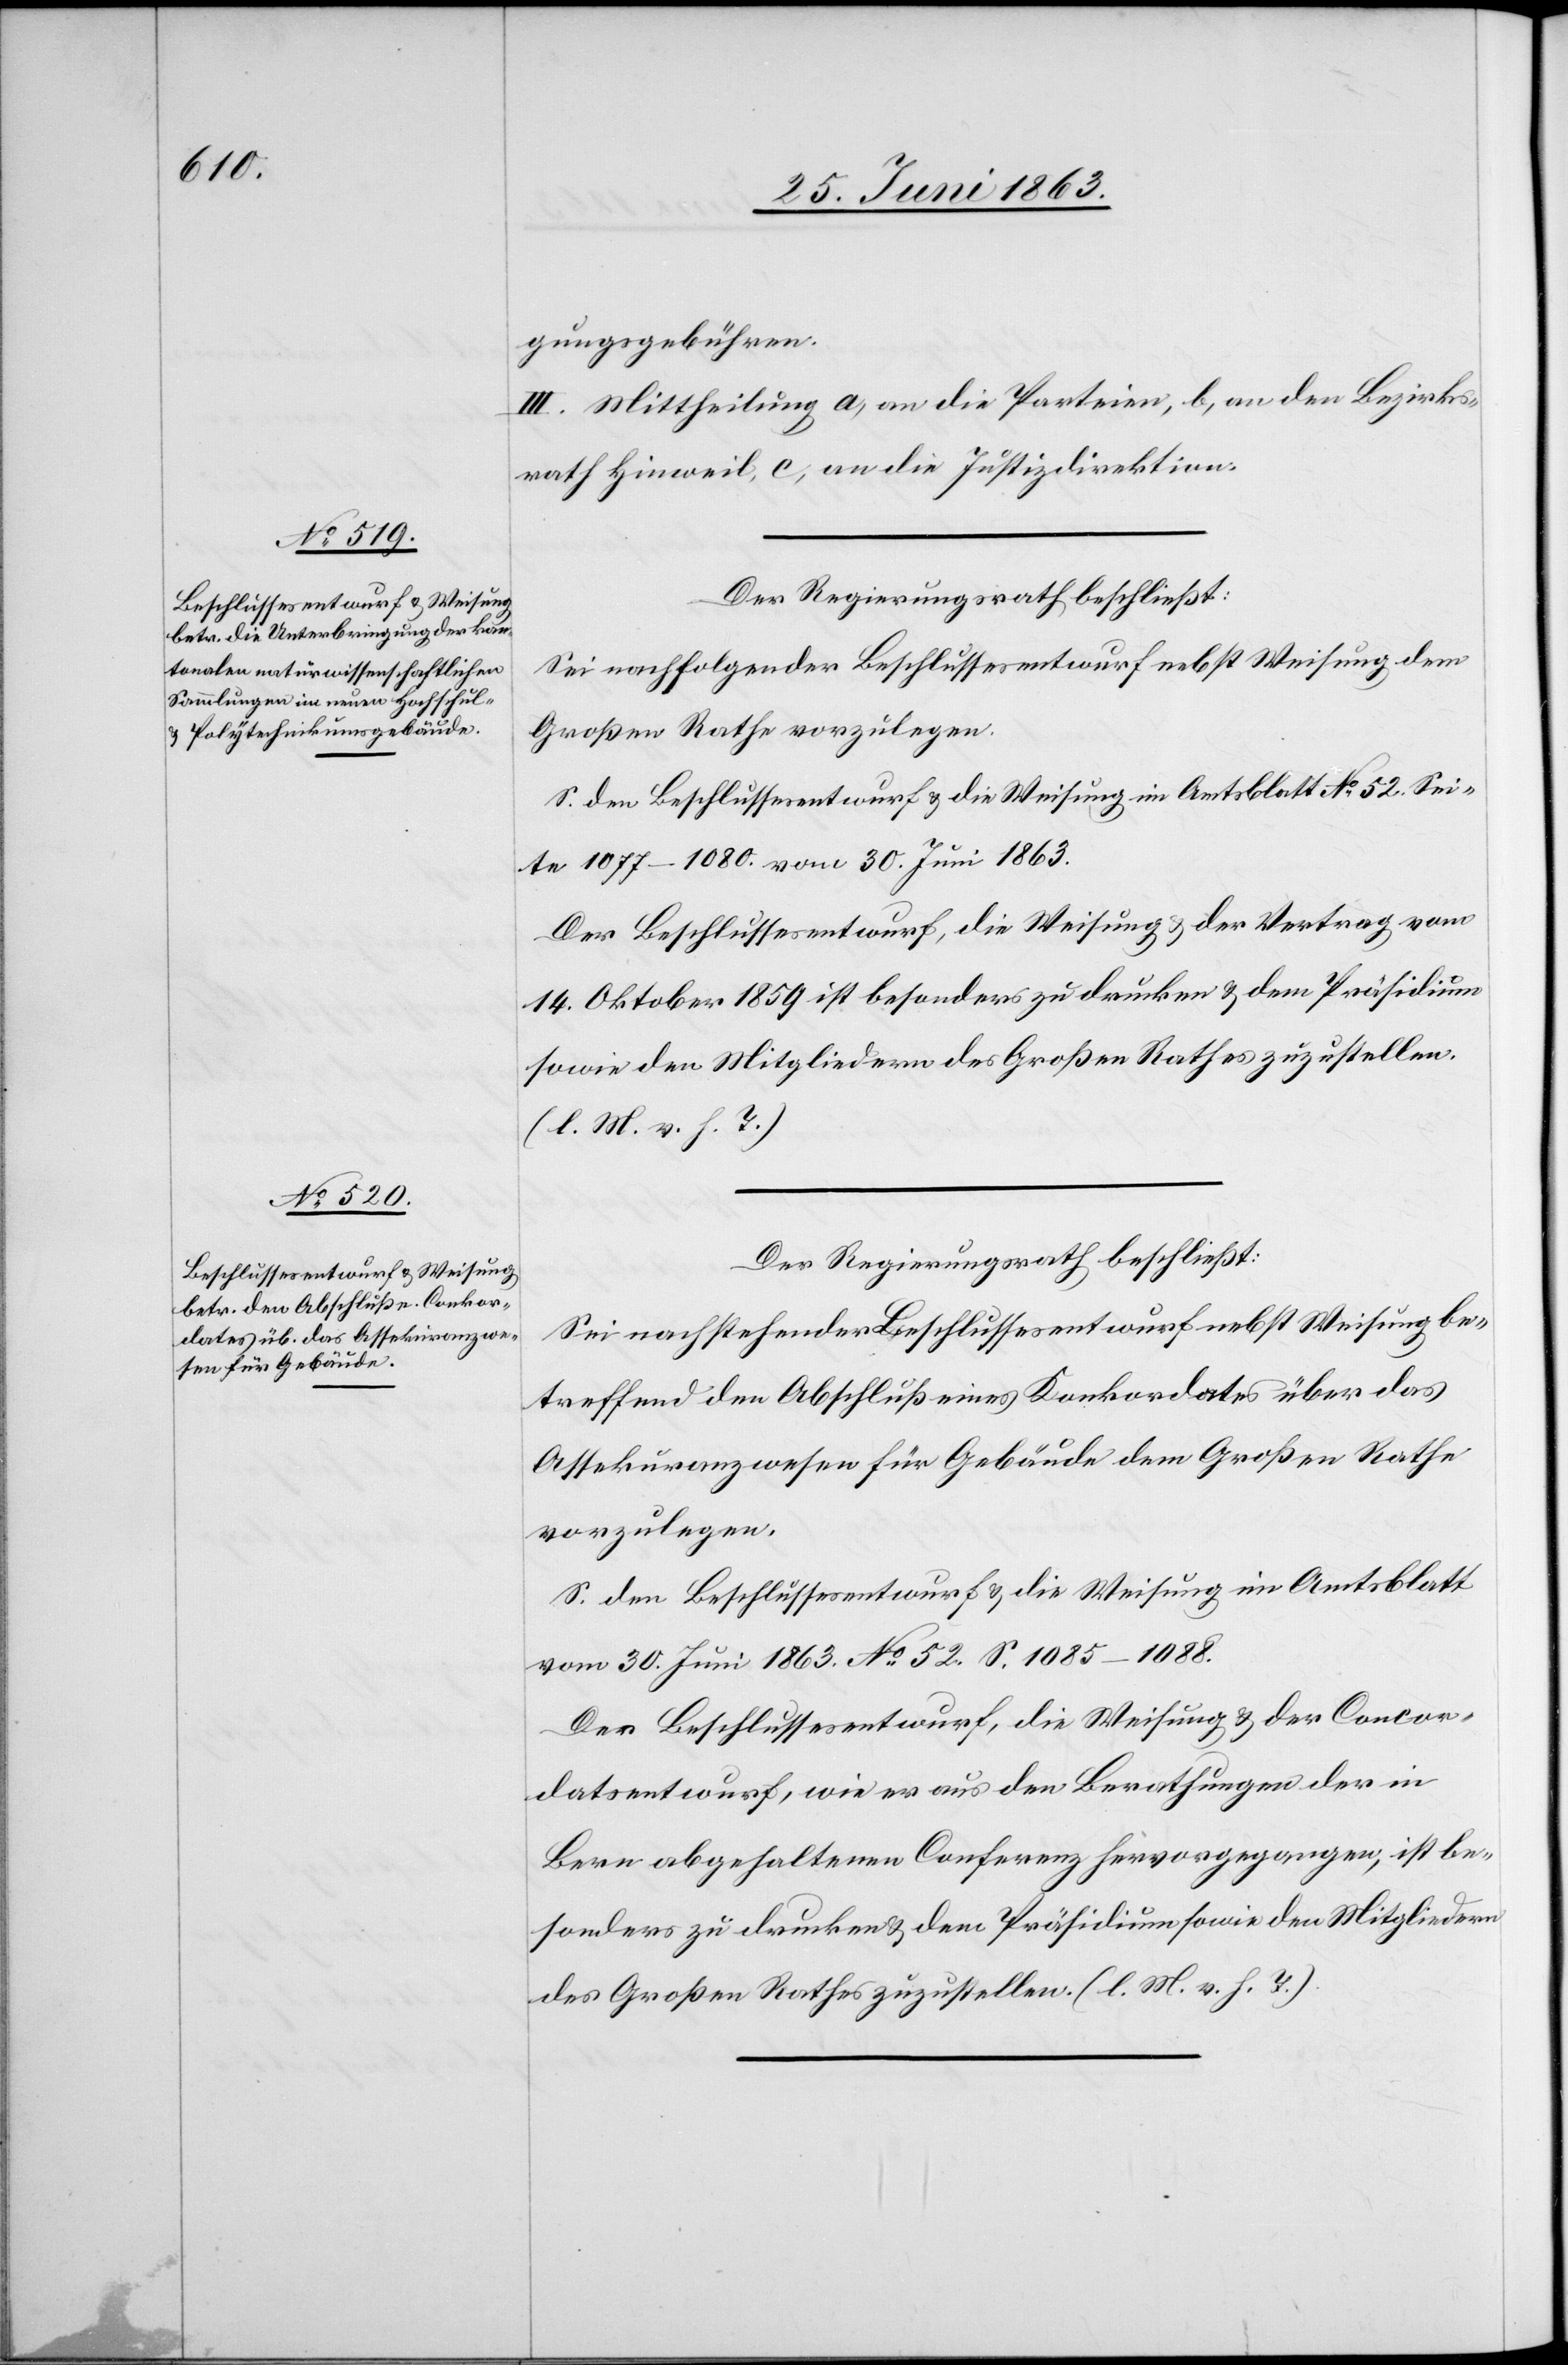
gungsgebühren.
III. Mittheilung a) an die Parteien, b) an den Bezirks¬
rath Hinweil, c) an die Justizdirektion.
Der Regierungsrath beschließt:
Sei nachfolgender Beschlussesentwurf nebst Weisung dem
Großen Rathe vorzulegen.
S. den Beschlussesentwurf & die Weisung im Amtsblatt No 52. Sei¬
te 1077–1080. vom 30. Juni 1863.
Der Beschlussesentwurf, die Weisung & der Vertrag vom
14. Oktober 1859 ist besonders zu drucken & dem Präsidium
sowie den Mitgliedern des Großen Rathes zuzustellen.
(l. M. v. h. T.)
Der Regierungsrath beschließt:
Sei nachstehender Beschlussesentwurf nebst Weisung be¬
treffend den Abschluß eines Konkordates über das
Assekuranzwesen für Gebäude dem Großen Rathe
vorzulegen.
S. den Beschlussesentwurf & die Weisung im Amtsblatt
vom 30. Juni 1863. No 52. S. 1085–1088.
Der Beschlussesentwurf, die Weisung & der Concor¬
datsentwurf, wie er aus den Berathungen der in
Bern abgehaltenen Conferenz hervorgegangen, ist be¬
sonders zu drucken & dem Präsidium sowie den Mitgliedern
des Großen Rathes zuzustellen. (l. M. v. h. T.).